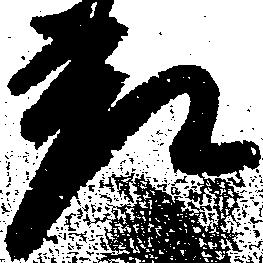
差